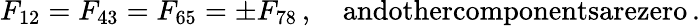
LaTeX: F_{12}=F_{43}=F_{65}=\pm F_{78}\, ,\quad\textrm{andothercomponentsarezero}\, .